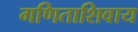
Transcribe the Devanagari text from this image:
गणिताशिवाय